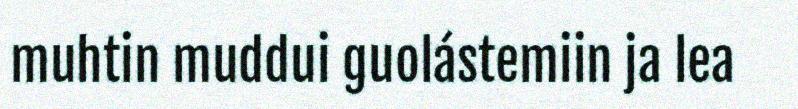
muhtin muddui guolástemiin ja lea